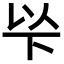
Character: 𠀳